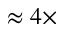
\approx 4 \times